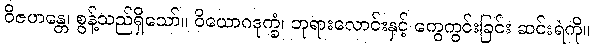
ဝိဇဟန္တေ၊ စွန့်သည်ရှိသော်။ ဝိယောဂဒုက္ခံ၊ ဘုရားလောင်းနှင့် ကွေကွင်းခြင်း ဆင်းရဲကို။